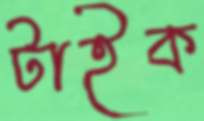
টাইক